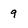
Character: 9